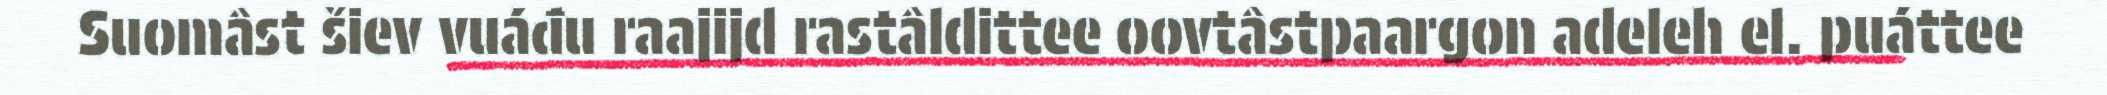
Suomâst šiev vuáđu raajijd rastâldittee oovtâstpaargon adeleh el. puáttee